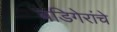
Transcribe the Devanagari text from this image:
बडिगेरांचे